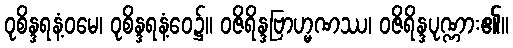
ဝုစိန္ဒရနံ့ဝမေ၊ ဝုစိန္ဒရနံ့ဝေ၌။ ဝဇိရိန္ဒဗြာဟ္မဏဿ၊ ဝဇိရိန္ဒပုဏ္ဏား၏။